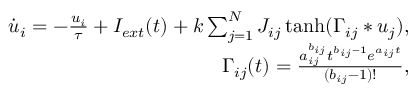
\begin{array} { r } { \dot { u } _ { i } = - \frac { u _ { i } } { \tau } + I _ { e x t } ( t ) + k \sum _ { j = 1 } ^ { N } J _ { i j } \operatorname { t a n h } ( \Gamma _ { i j } * u _ { j } ) , } \\ { \Gamma _ { i j } ( t ) = \frac { a _ { i j } ^ { b _ { i j } } t ^ { b _ { i j } - 1 } e ^ { a _ { i j } t } } { ( b _ { i j } - 1 ) ! } , } \end{array}